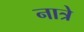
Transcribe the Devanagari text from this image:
नात्रे